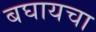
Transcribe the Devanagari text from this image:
बघायचा